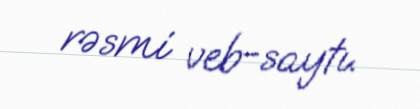
rəsmi veb-saytı.